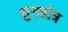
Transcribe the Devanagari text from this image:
शुनहोत्र